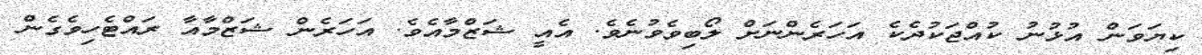
ކިޔަވަން އުޅުނު ކުއްޖަކުދެކެ އަހަރެންނަށް ލޯބިވެވުނެވެ. އެއީ ޝަޒްމާއެވެ. އަހަރެން ޝަޒްމާއާ ރައްޓެހިވެގެން